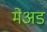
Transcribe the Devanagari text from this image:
मेअड